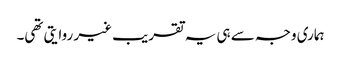
ہماری وجہ سے ہی یہ تقریب غیر روایتی تھی۔